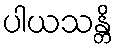
ပါယသန္တိ